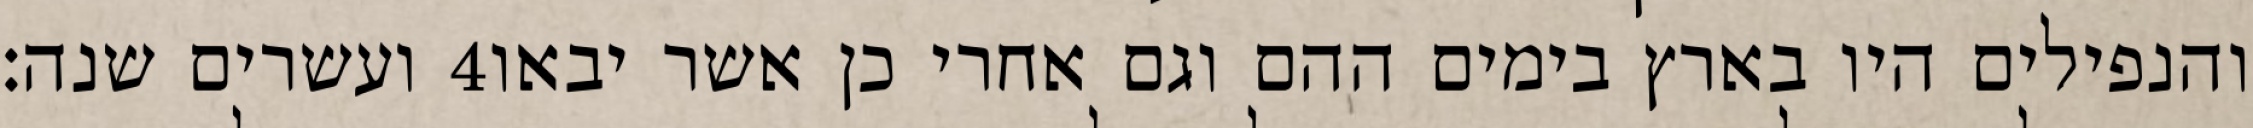
ועשרים שנה׃ ‎4‏ והנפילים היו בארץ בימים ההם וגם אחרי כן אשר יבאו